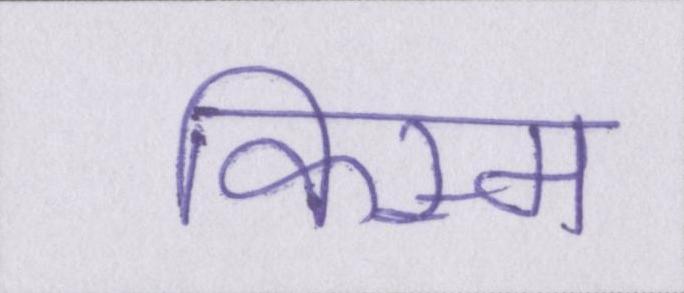
किस्म